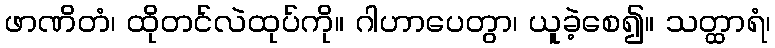
ဖာဏိတံ၊ ထိုတင်လဲထုပ်ကို။ ဂါဟာပေတွာ၊ ယူခဲ့စေ၍။ သတ္ထာရံ၊